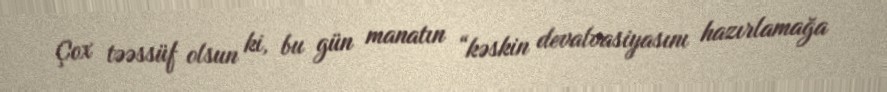
Çox təəssüf olsun ki, bu gün manatın “kəskin devalvasiyasını hazırlamağa